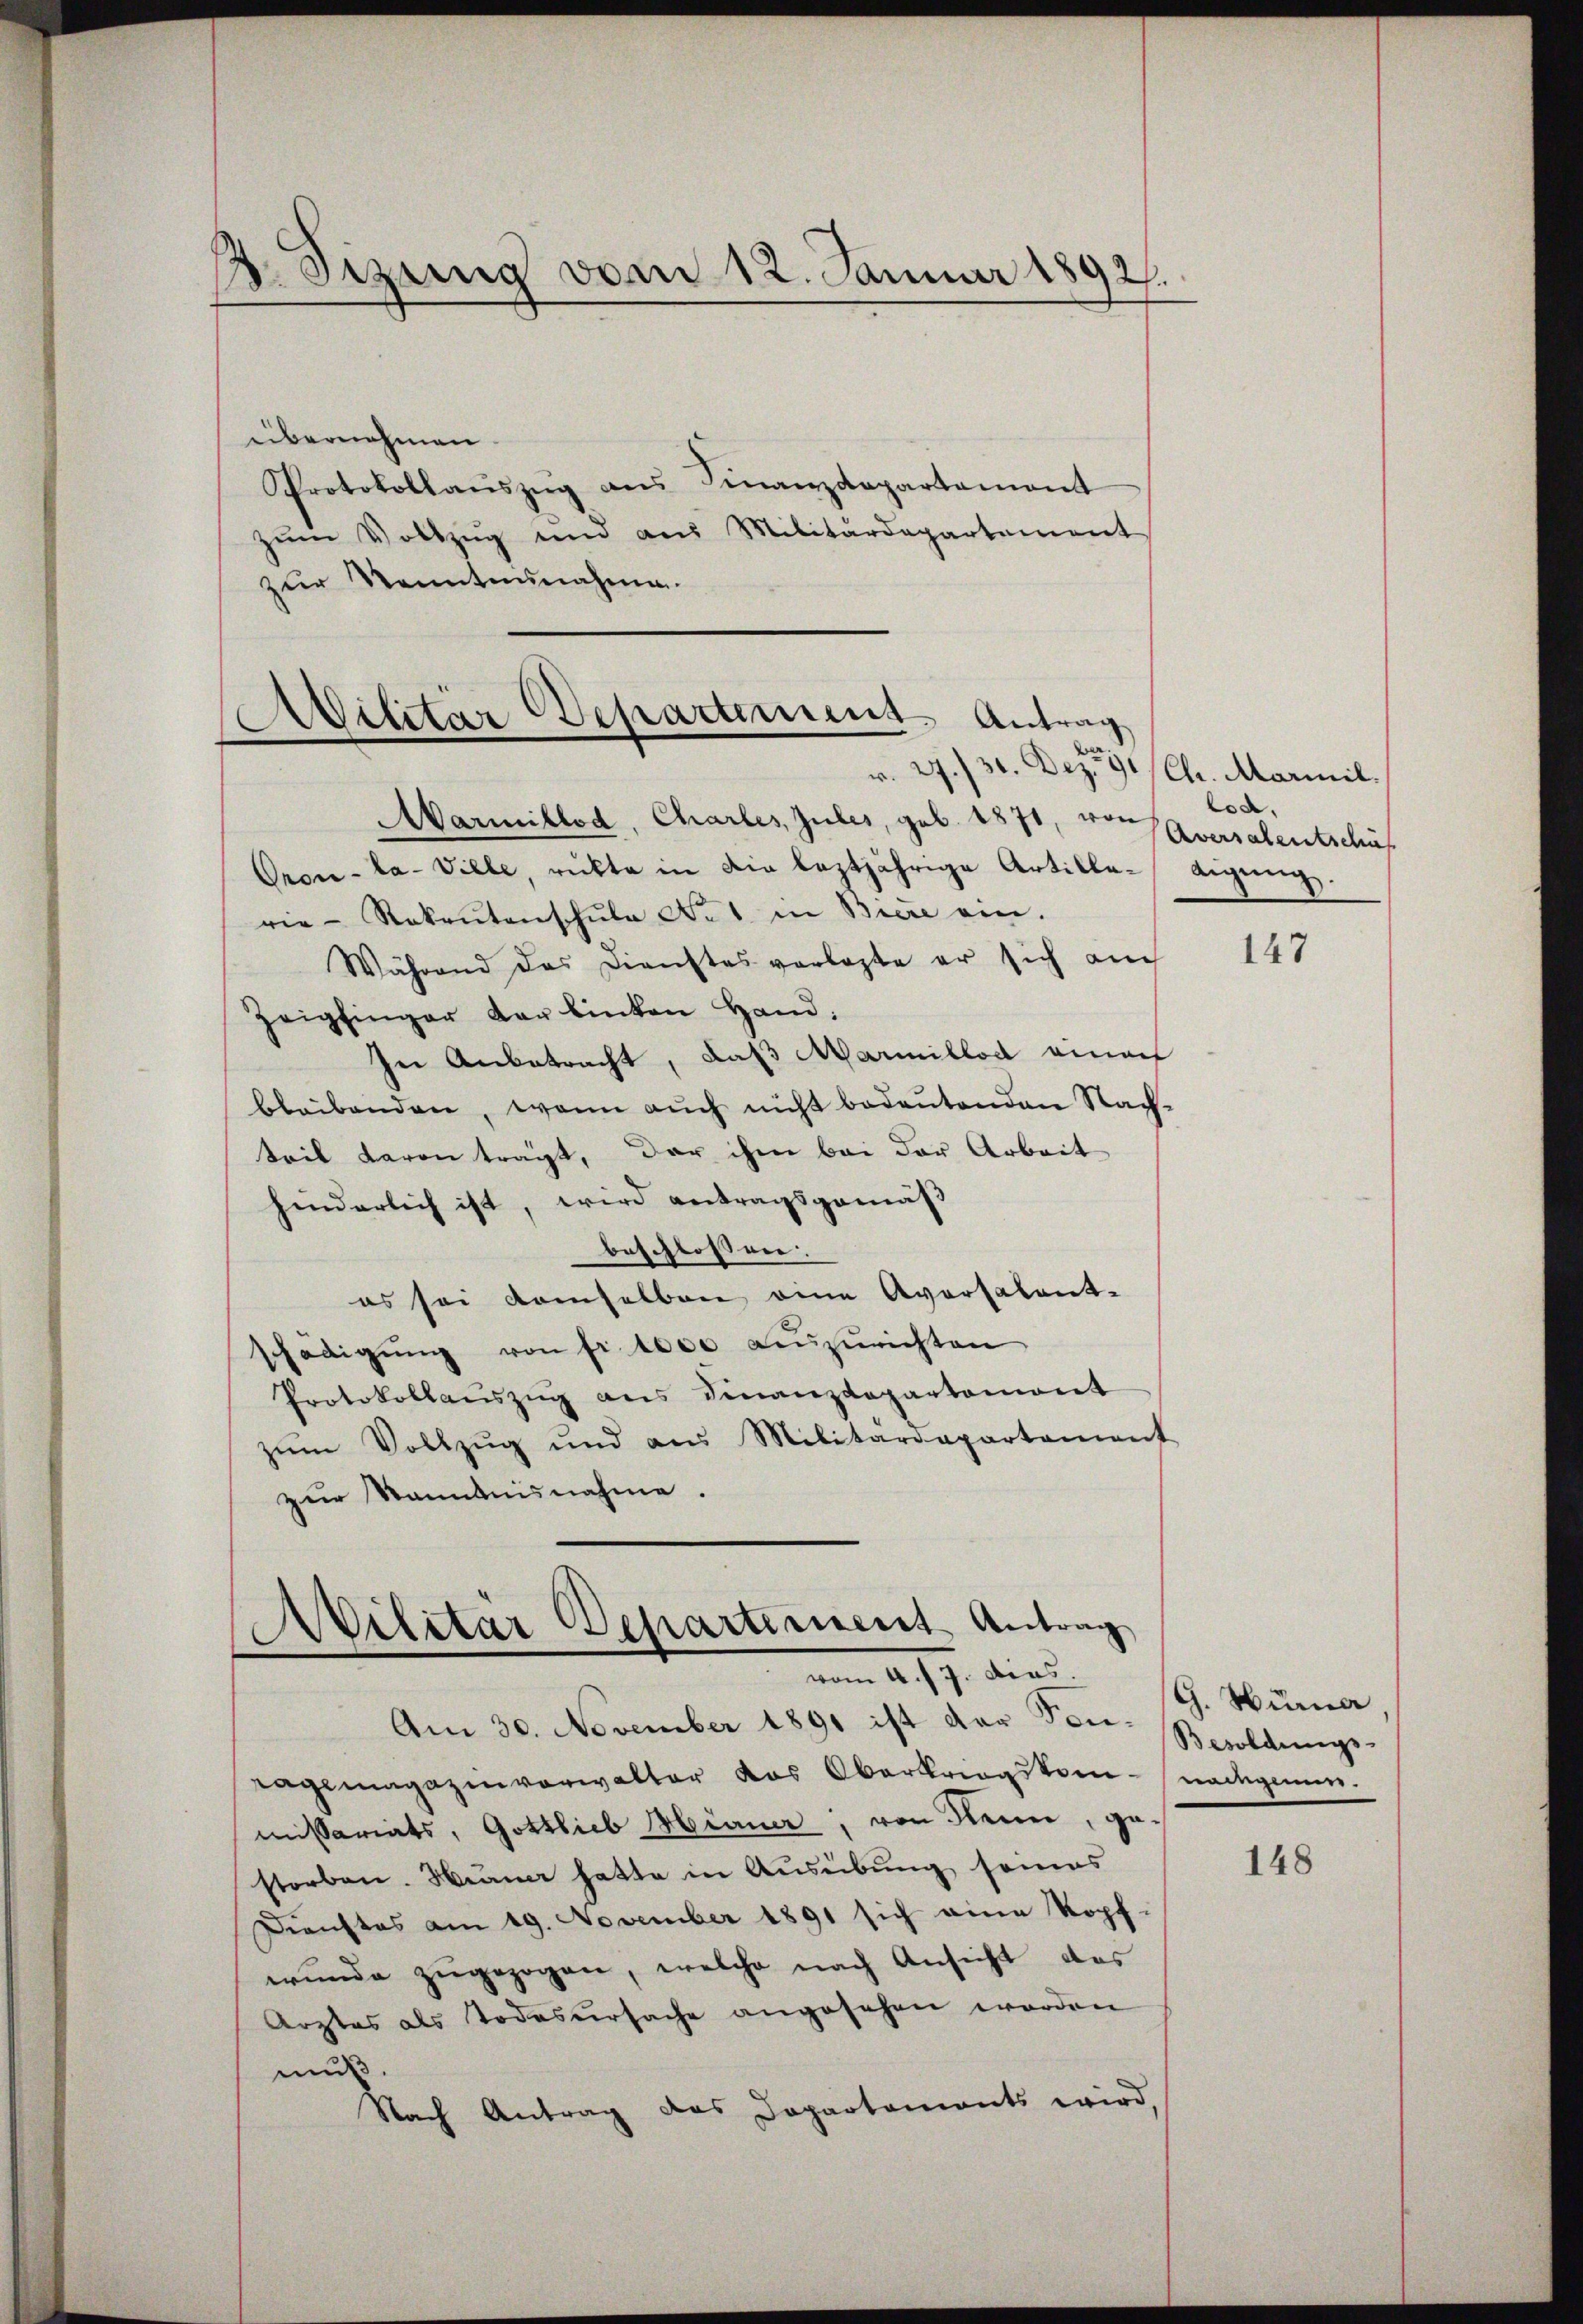
2. Sizung vom 12. Januar 1892.

übernehmen.
Protokollaŭszŭg ans Finanzdepartament
zŭm Vollzug und aus Militärdepartement
zur Kenntnunahme.

Avilitär Departement. Antrag
r. 27./31. Dez. 91 (Chr. Marmil.

Ailitär Departement Antrag
vom 4. 7. dies.

Aarmillod, Chartes, Jules, geb. 1871, von
Oron-la-Ville, rückte in die leztjährige Artille-tigŭng.
rie-Rakaŭtenschŭle No 1. in Biere ein.
Während das Dienstes vorlegte er sich auch
Zeigfinger der linken Hand:
In Anbetracht, daß Marmillod einer
bleibenden, wenn auch nicht bedeŭtenden Nach-
teil davon trägt, der ihm bei der Arbeit
hinderlich ist, wird antragsgemäß
beschlossen.
es sei demselben eine Aversalent-
schädigŭng von Fr. 1000 anzurichten
Protokollaŭszŭg ans Finanzdepartemont
zŭm Vollzŭg und aus Militärdepartement
zur Kenntnisnahme.

Am 30. November 1891 ist der Son¬
Tagmagazinverwalter das Oberkriegskom- nachgenunmissariats, Gottlieb Miner, von Nein, gestorben. Mann hatte in Ausübung seines
Dienstos am 19. November 1891 sich eine Kopf-
wŭnde zŭgezogen, welche nach Ansicht das
Arztes als Todesursache angesehen worden
muß.
Nach Antrag das Departements wird

loa
Aversalentschäf

147

G. Wuma.
Besoldungs-

148